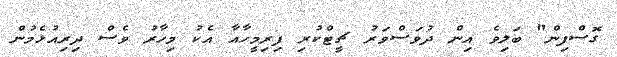
ގޮސްފިން" ބަލިވެ އިން ދުވަސްވަރު ޗީޓްކުރި ފިރިމީހާއާ އެކު މިހާރު ވެސް ދިރިއުޅެމުން